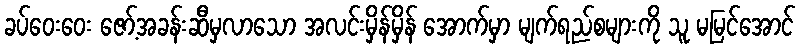
ခပ်ဝေးဝေး ဇော့်အခန်းဆီမှလာသော အလင်းမှိန်မှိန် အောက်မှာ မျက်ရည်စများကို သူ မမြင်အောင်